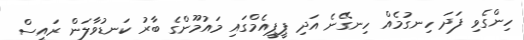
ހިންގެވި ފަދަ ހިނގުމެއް ހިނގޭނެ އަދި ޕީޕީއެމްގައި މައުމޫންގެ ބާރު ކަނޑުވާލަން ރައީސް